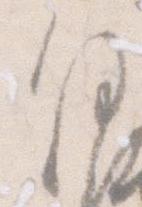
沙